Report on vaccination in the Province of Bengal - 1869-1873
Year: 1869
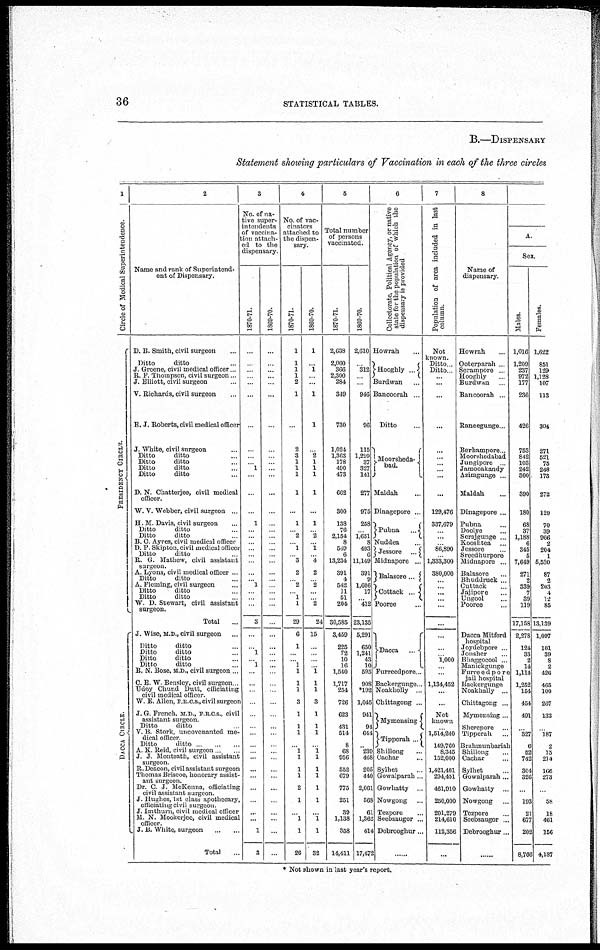
36
STATISTICAL TABLES.
B.—DISPENSARY
Statement showing particulars of Vaccination in each of the three circles
1
Circle of Medical Superintendence.
PERSIDENCY CIRCLE.
DACCA CIRCLE.
2
Name and rank of Superintend-
ent of Dispensary.
D. B. Smith, civil surgeon ...
Ditto
ditto ...
J. Greene, civil medical officer...
R. F. Thompson, civil surgeon ...
J. Elliott, civil surgeon ...
V. Richards, civil surgeon ...
E. J. Roberts, civil medical officer
J. White, civil surgeon ...
Ditto
ditto ...
Ditto
ditto ...
Ditto
ditto ...
Ditto
ditto ...
D. N. Chatterjee, civil medical
officer.
W. V. Webber, civil surgeon ...
H. M. Davis, civil surgeon ...
Ditto
ditto ...
Ditto
ditto ...
B. C. Ayres, civil medical officer
D. P. Skipton, civil medical officer
Ditto
ditto ...
R. G. Mathew, civil assistant
surgeon.
A. Lyons, civil medical officer ...
Ditto
ditto ...
A. Fleming, civil surgeon ...
Ditto
ditto ...
Ditto
ditto ...
W. D. Stewart, civil assistant
surgeon.
Total
...
J. Wise, M.D., civil surgeon ...
Ditto
ditto ...
Ditto
ditto ...
Ditto
ditto ...
Ditto
ditto ...
B. N. Bose, M.D., civil surgeon....
C. E. W. Bensley, civil surgeon...
Udoy Chund Dutt, officiating
civil medical officer.
W. E. Allen, F.R.C.S., civil surgeon
J. G. French, M.D., F.R.C.S., civil
assistant surgeon.
Ditto
ditto ...
V. B. Stork, uncovenanted me-
dical officer.
Ditto
ditto... ... ...
A. K. Reid, civil surgeon... ...
J. J. Monteath, civil assistant
surgeon.
R. Deacon, civil assistant surgeon
Thomas Briscoe, honorary assist-
ant surgeon.
Dr. C. J. McKenna, officiating
civil assistant surgeon.
J. Hughes, 1st class apothecary,
officiating civil surgeon.
J. Imthurn, civil medical officer
M. N. Mookerjee, civil medical
officer.
J. B. White, surgeon
...
...
Total ...
3
No. of na-
tive super-
intendents
of vaccina-
tion attach-
ed to the
dispensary.
1870-71.
...
...
...
...
...
...
...
...
...
...
1
...
...
...
1
...
...
...
...
...
...
...
...
1
...
...
...
3
...
...
1
...
1
...
...
...
...
...
...
...
...
...
...
...
...
...
...
...
...
1
3
1869-70.
...
...
...
...
...
...
...
...
...
...
...
...
...
...
...
...
...
...
...
...
...
...
...
...
...
...
...
...
...
...
...
...
...
...
...
...
...
...
...
...
...
...
...
...
...
...
...
...
...
...
...
4
No. of vac-
cinators
attached to
the dispen-
sary.
1870-71.
1
1
1
1
2
1
...
2
3
1
1
1
1
...
1
...
2
...
1
...
3
2
...
2
...
1
1
29
6
1
...
...
1
1
1
1
3
1
1
1
...
1
1
1
1
2
1
...
1
1
26
1869-70.
1
...
1
...
...
1
1
...
2
1
1
1
1
...
1
...
2
...
1
... 4
2
...
2
...
...
2
24
15
...
...
...
...
1
1
1
3
1
1
1
...
1 1
1
1
1
1
...
1
1
32
5
Total number
of persons
vaccinated.
1870-71.
2,638
2,060
366
2,300
284
349
730
1,024
1,363
178
490
473
662
300
138
76
2,154
8
549
6
13,234
391
4
542
11
51
204
30,585
3,459
225
72
10
16
1,540
1,717
254
726
623
431
514
8
68
956
552
679
775
251
39
1,138
358
14,411
1869-70.
2,610
...
312
...
...
946
96
115
1,299
37
327
141
277
975
258
...
1,651 .
8
493
6
11,149
391
9
1,606
17
...
412
23,135
5,291
650
1,241
43
10
595
908
*192
1,045
941
94
644
...
239
468
205
440
2,061
568
61
1,362
414
17,472
6
Collectorate, Political Agency, or native
state for the population of which the
dispensary is provided
Howrah ...
Hooghly ...
Burdwan ...
Bancoorah ...
Ditto ...
Moorsheda¬
bad.
Maldah
Dinagepore ...
Pubna
...
Nuddea ...
Jessore ...
Midnapore ...
Balasore...
Cottack ...
Pooree ...
...
Dacca
...
Furreedpore...
Backergunge...
Noakholly ...
Chittagong ...
Mymensing
Tipporah ...
Shillong ...
Cachar ...
Sylhet ...
Gowalparah ...
Gowhatty ...
Nowgong ...
Teapore
Seebsaugor ...
Debrooghur...
7
Population of area included in last
column.
Not
known.
Ditto...
Ditto...
...
...
...
...
...
...
...
...
...
...
129,476
337,679
...
...
...
86,890
...
1,333,300
380,000
...
... ...
...
...
...
...
...
...
1,000
...
...
1,134,452
...
...
Not
known
...
1,514,240
149,760
8,345
152,000
1,421,401
294,451
461,910
250,000
201,279
214,610
112,356
...
8
Name of
dispensary.
Howrah ...
Ooterparah ...
Serampore ...
Hooghly ...
Burdwan ...
Bancoorah ...
Raneegunge...
Berhampore...
Moorshedabad
Jungipore ...
Jamooakandy
Azimgunge ...
Maldah
Dinagepore ...
Pubna ...
Doolye ...
Serajgunge ...
Kooshtea ...
Jessore ...
Sreedhurpore
Midnapore ...
Balasore ...
Bhuddruck ...
Cuttack ...
Jajipore ...
Ungool ...
Pooree
...
Dacca Mitford
hospital
Joydebpore ...
Jonsher ...
Bhaggocool ...
Manickgunge
Furreedpore
jail hospital
Backergunge
Noakholly ...
Chittagong ...
Mymensing...
Sherepore ...
Tipperah ...
Brahmunbariah
Shillong ...
Cachar ...
Sylhet ...
Gowalparah...
Gowhatty ...
Nowgong ...
Tezpore ...
Seebsaugor ...
Debrooghur...
A.
Sex.
Males.
1,016
1,209
237
972
177
236
426
753
842
103
242
300
390
180
68
37
1,188
6
345
5
7,649
271
2
339
7
39
119
17,158
2,278
124
33
2
14
1,114
1,252
154
454
491
...
327
6
52
742
304
326
...
193
21
677
202
8,766
Females.
1,622
851
129
1,128
107
113
304
271
521
75
248
173
272
120
70
39
966
2
204
1
5,530
87
2
203
4
12
85
13,139
1,097
101
39
8
2
426
465
100
267
132
...
187
2
15
214
166
273
...
58
18
461
156
4,187
* Not shown in last year's report.